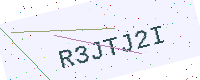
Text: R3JTJ2I